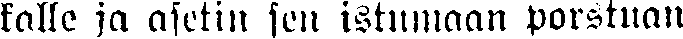
talle ja asetin sen istumaan porstuan